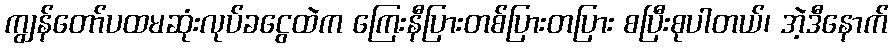
ကျွန်တော်ပထမဆုံးလုပ်ခငွေထဲက ကြေးနီပြားတစ်ပြားတပြား စပြီးစုပါတယ်၊ အဲ့ဒီနောက်